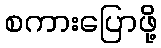
စကားပြောဖို့